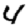
Digit: 4